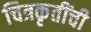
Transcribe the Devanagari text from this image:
चित्रकृतींची